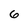
Character: 6